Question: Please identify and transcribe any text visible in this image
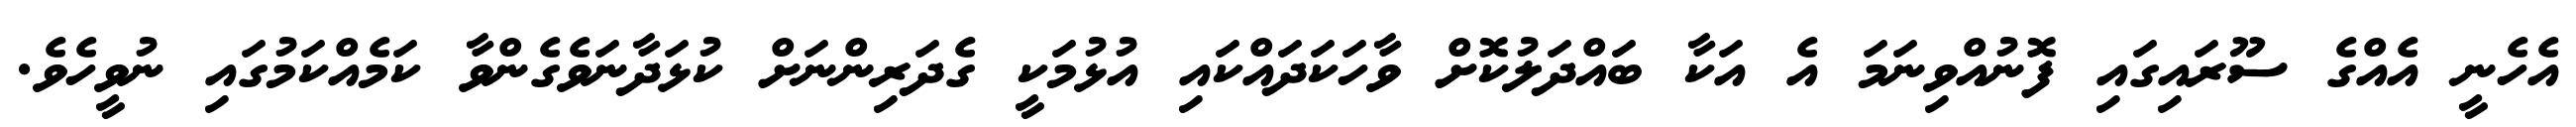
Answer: އެހެނީ އެއްގެ ސޫރައިގައި ފޮނުއްވިނަމަ އެ އަކާ ބައްދަލުކޮށް ވާހަކަދައްކައި އުޅުމަކީ ގެދަރިންނަށް ކުޅަދާނަވެގެންވާ ކަމެއްކަމުގައި ނުވީހެވެ.